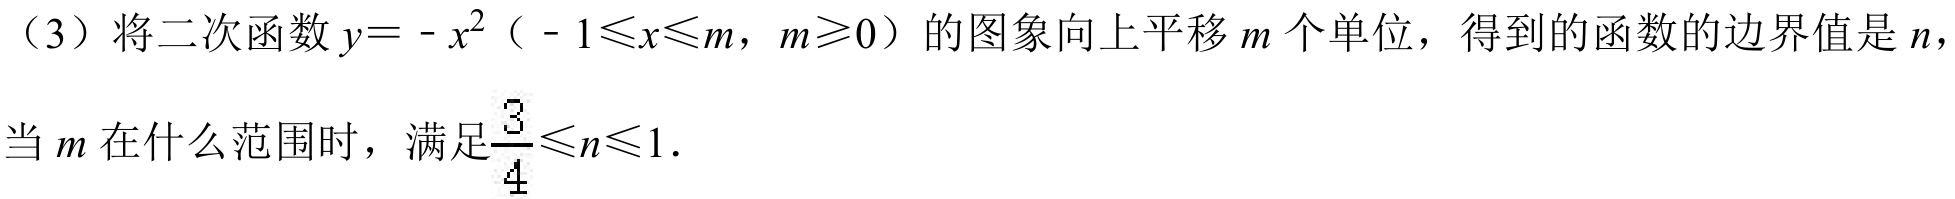
(3) 将二次函数$y = - x^{2}$（ - $1\leqslant x\leqslant m$，$m\geqslant0$）的图象向上平移$m$个单位，得到的函数的边界值是$n$，当$m$在什么范围时，满足$\frac{3}{4}\leqslant n\leqslant1$.